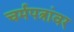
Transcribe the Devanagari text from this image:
चर्मपत्रांवर